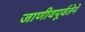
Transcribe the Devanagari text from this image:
जाणीवपूर्वतेने